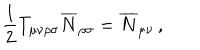
LaTeX: \frac { 1 } { 2 } T _ { \mu \nu \rho \sigma } \overline { { { N } } } _ { \rho \sigma } = \overline { { { N } } } _ { \mu \nu } \, ,